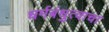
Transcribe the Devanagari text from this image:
धर्मबंधुत्वाचा